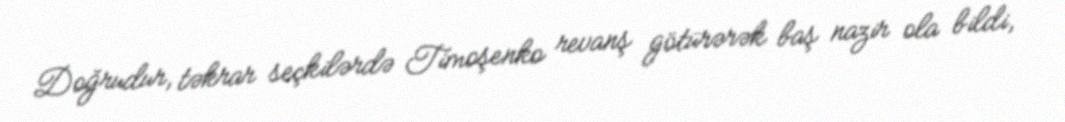
Doğrudur, təkrar seçkilərdə Timoşenko revanş götürərək baş nazir ola bildi,